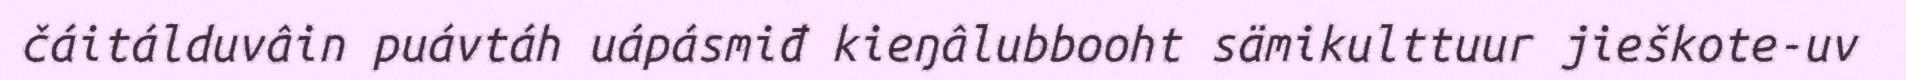
čáitálduvâin puávtáh uápásmiđ kieŋâlubbooht sämikulttuur jieškote-uv